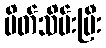
ပိတ်သိမ်းပြီး